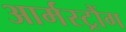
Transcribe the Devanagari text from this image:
आर्मस्ट्रौंग